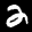
Label: 2